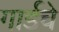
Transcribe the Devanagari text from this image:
गार्डचे